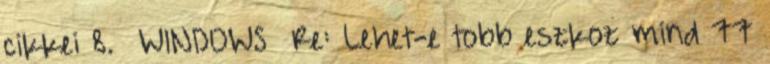
cikkei 8. WINDOWS Re: Lehet-e tobb eszkoz mind 77